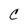
Character: C